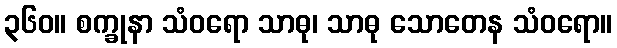
၃၆၀။ စက္ခုနာ သံဝရော သာဓု၊ သာဓု သောတေန သံဝရော။